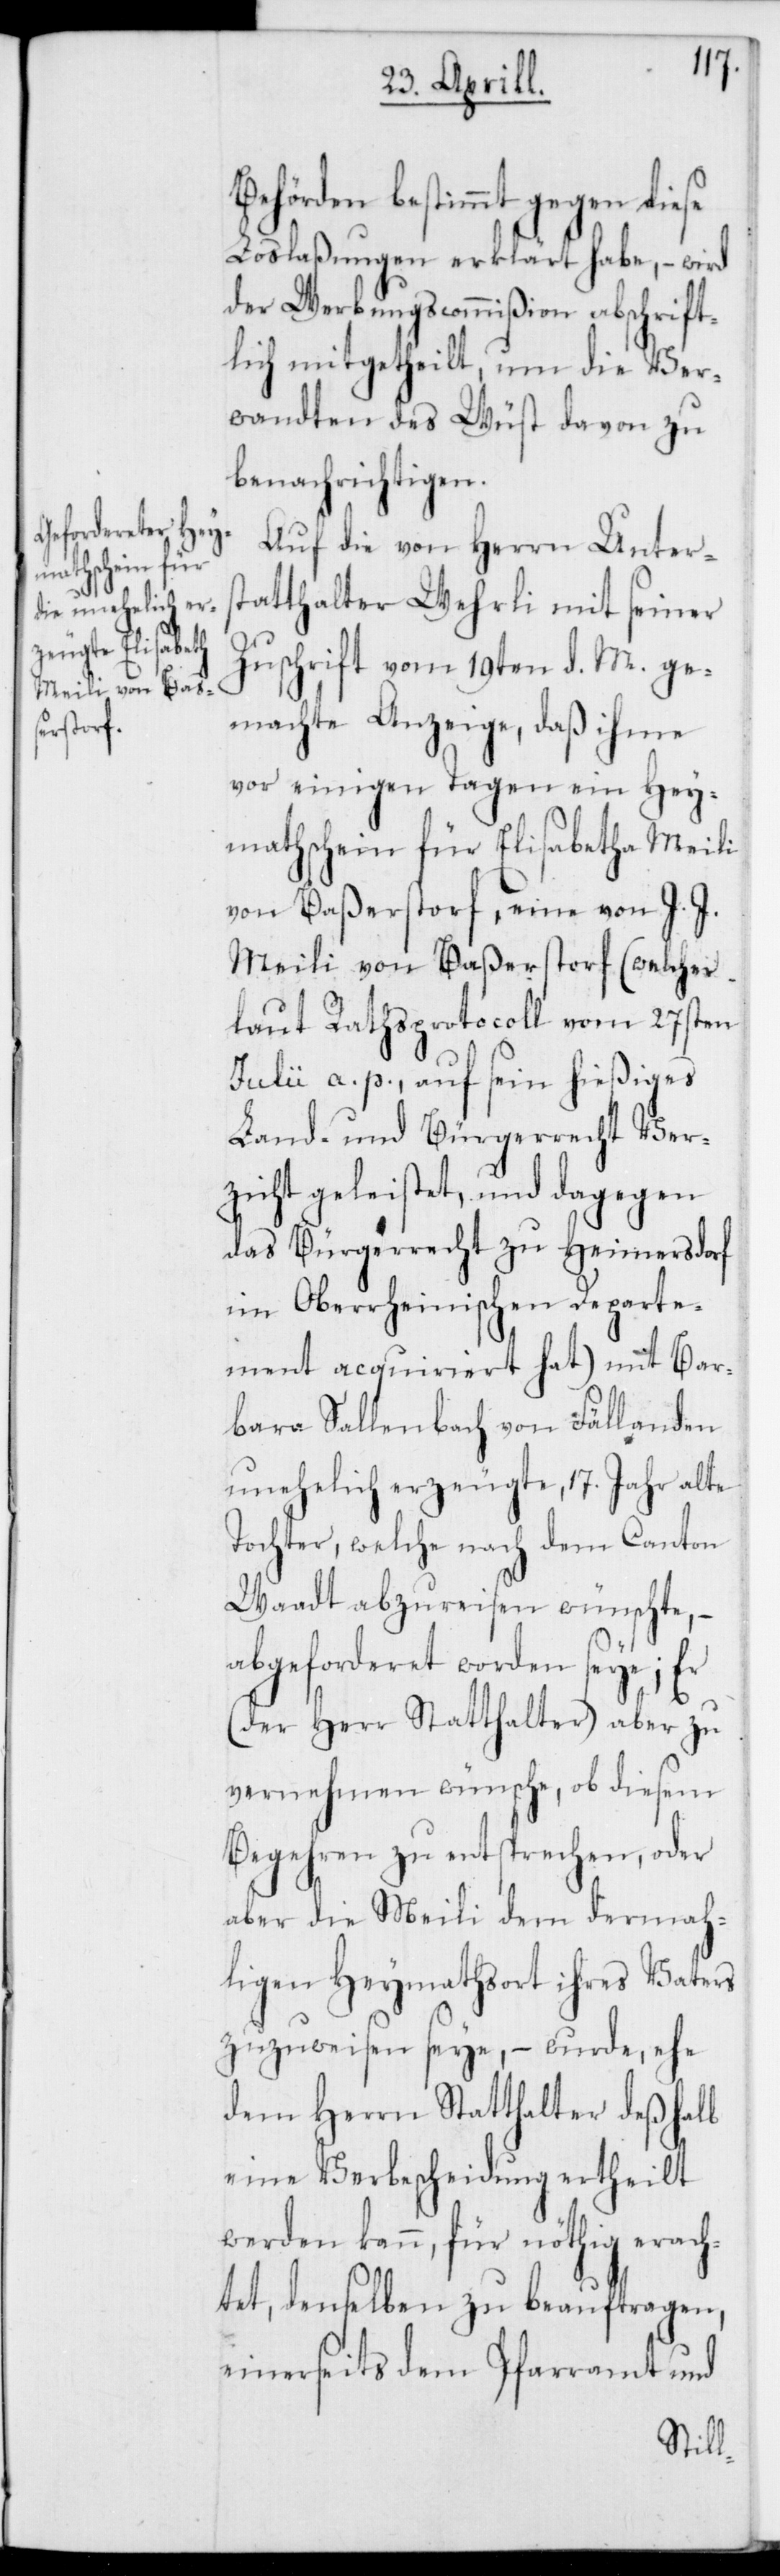
Behörden bestimmt gegen
Loslaßungen erklärt habe, – wird
der Werbungscommißion abschrift¬
lich mitgetheilt, um die Ver¬
wandten des Wüst davon zu
benachrichtigen.
Auf die von Herrn Unters¬
tatthalter Wehrli mit seiner
Zuschrift vom 19ten d. M. ge¬
machte Anzeige, daß ihme
vor einigen Tagen ein Hey¬
mathschein für Elisabetha Meili
von Baßerstorf, eine von J. J.
Meili von Baßerstorf (welcher
laut Rathsprotocoll vom 27sten
Julii a. p., auf sein hießiges
Land- und Bürgerrecht Ver¬
zicht geleistet, und dagegen
das Bürgerrecht zu Heimersdorf
im Oberrheinischen Departe¬
ment acquiriert hat) mit Bar¬
bara Sallenbach von Fällanden
unehelich erzeugte, 17. Jahr alte
Tochter, welche nach dem Canton
Waadt abzureisen wünschte, –
abgeforderet worden seye; er
(der Herr Statthalter) aber zu
vernehmen wünsche, ob diesem
Begehren zu entsprechen, oder
aber die Meili dem dermah¬
ligen Heymathsort ihres Vaters
zuzuweisen seye, – wurde, ehe
dem Herrn Statthalter deßhalb
eine Verbescheidung ertheilt
werden kann, für nöthig erach¬
tet, denselben zu beauftragen,
einerseits dem Pfarramt und